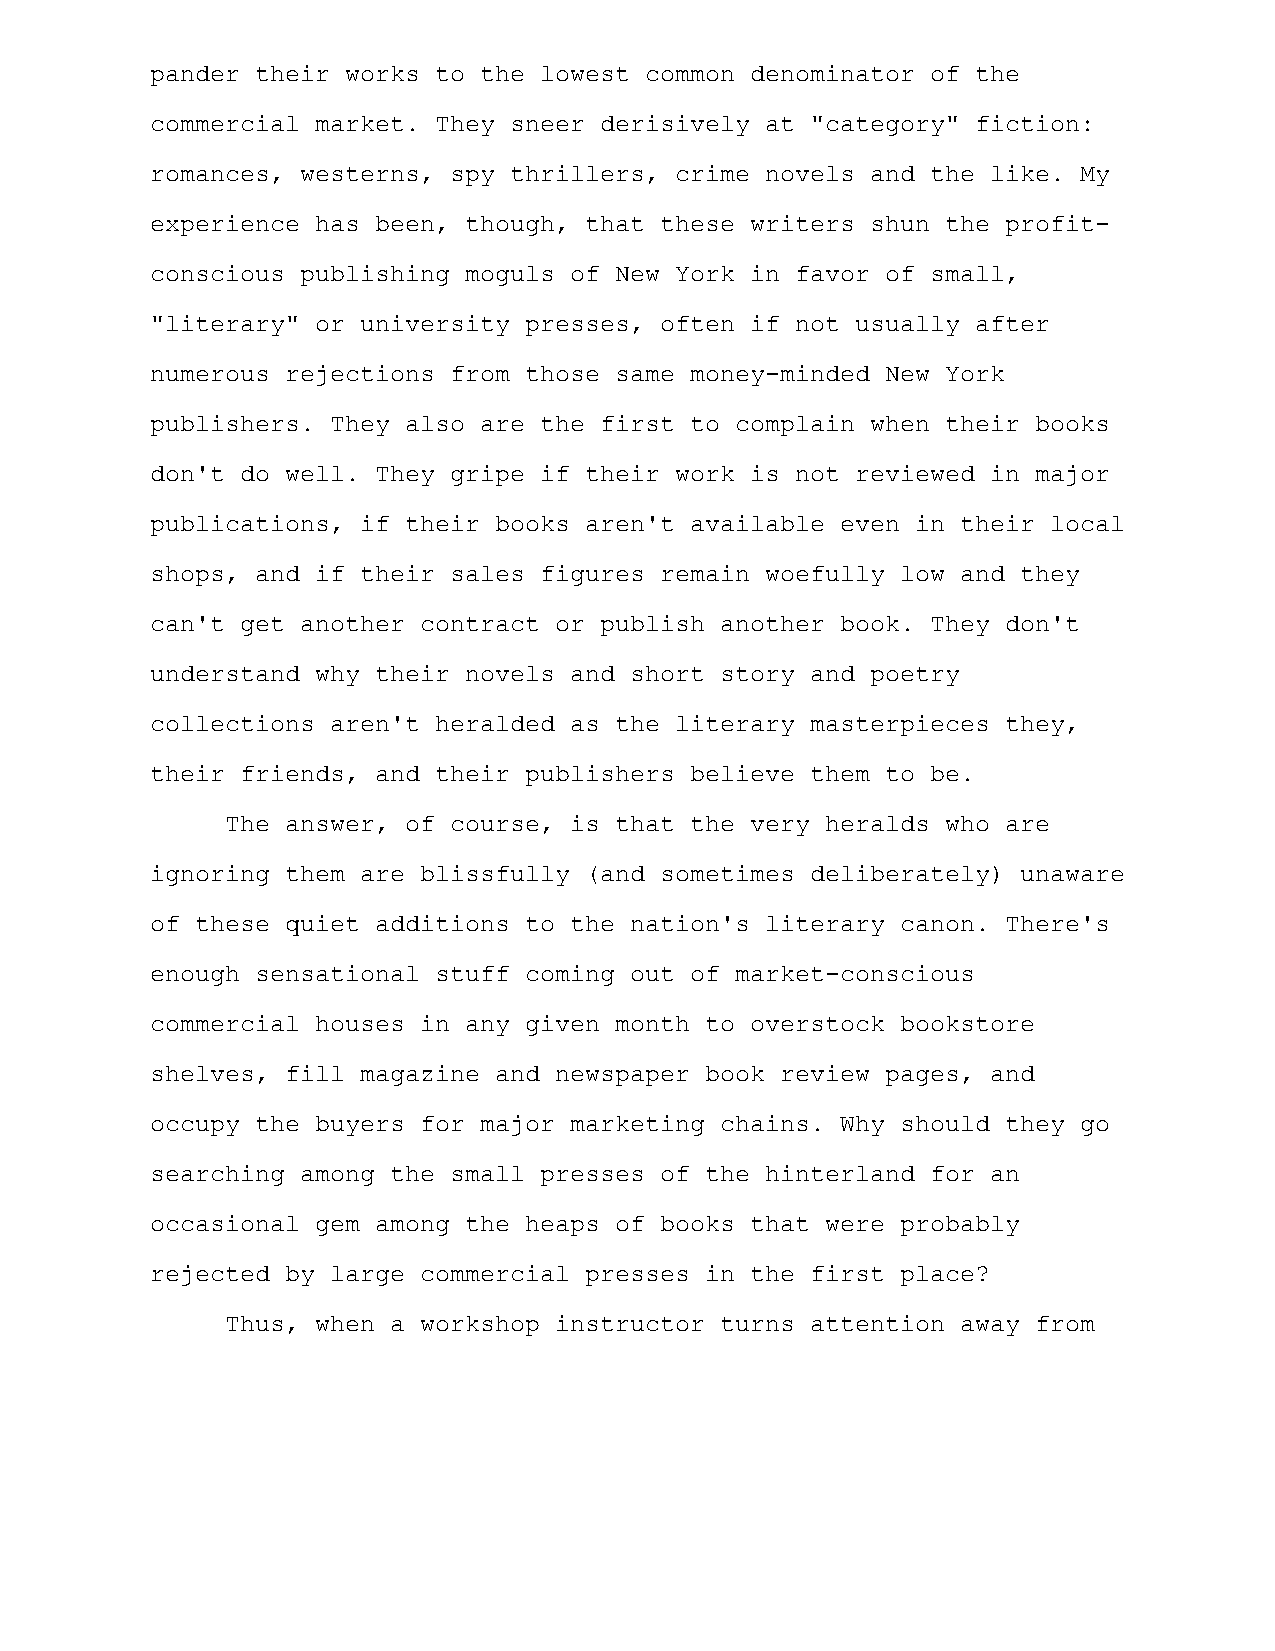
pander their works to the lowest common denominator of the
 commercial market. They sneer derisively at "category" fiction:
 romances, westerns, spy thrillers, crime novels and the like. My
 experience has been, though, that these writers shun the profit-
 conscious publishing moguls of New York in favor of small,
 "literary" or university presses, often if not usually after
 numerous rejections from those same money-minded New York
 publishers. They also are the first to complain when their books
 don't do well. They gripe if their work is not reviewed in major
 publications, if their books aren't available even in their local
 shops, and if their sales figures remain woefully low and they
 can't get another contract or publish another book. They don't
 understand why their novels and short story and poetry
 collections aren't heralded as the literary masterpieces they,
 their friends, and their publishers believe them to be.
 The answer, of course, is that the very heralds who are
 ignoring them are blissfully (and sometimes deliberately) unaware
 of these quiet additions to the nation's literary canon. There's
 enough sensational stuff coming out of market-conscious
 commercial houses in any given month to overstock bookstore
 shelves, fill magazine and newspaper book review pages, and
 occupy the buyers for major marketing chains. Why should they go
 searching among the small presses of the hinterland for an
 occasional gem among the heaps of books that were probably
 rejected by large commercial presses in the first place?
 Thus, when a workshop instructor turns attention away from